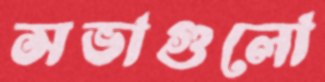
সভাগুলো